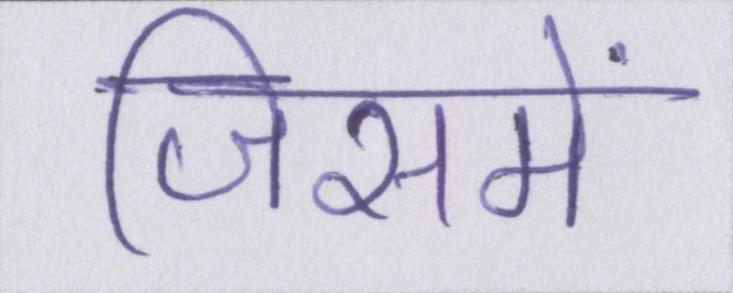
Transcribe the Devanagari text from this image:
जिसमें